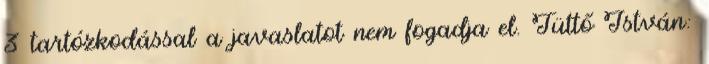
3 tartózkodással a javaslatot nem fogadja el. Tüttő István: